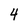
Character: 4